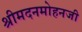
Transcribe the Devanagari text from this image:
श्रीमदनमोहनजी